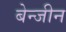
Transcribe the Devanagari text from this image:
बेन्जीन